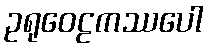
ဥရုဝေဠကဿပေါ